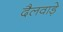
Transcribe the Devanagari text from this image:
दैलवाड़े